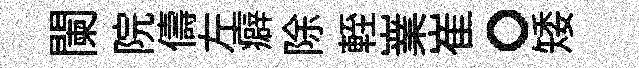
闌院儔左癖除輊嶪崔。矮